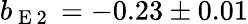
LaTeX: b_{\mathrm{~E~2~}}=-0.23\pm 0.01